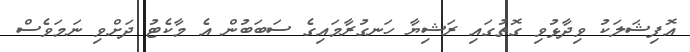
އޮފިޝަލަކު ވިދާޅުވި ގޮތުގައި ރަޝިޔާ ހަނގުރާމައިގެ ސަބަބުން އެ މާކެޓު ދަށްވި ނަމަވެސް